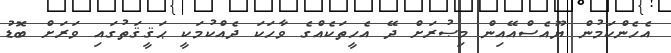
އެހެންކަމުން ޔޫއެސްއޭއިން މިޞުރަށް ދޭ އެހީތަކެއްގެ ވާހަކަ ދެއްކުމަކީ ޙަޤީޤަތުގައި ވަރަށް ބޮޑު